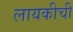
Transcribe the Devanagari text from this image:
लायकीची